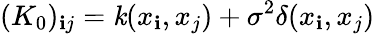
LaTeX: (K_{0})_{\mathbf{i}j}=\mathit{k}(x_{\mathbf{i}},x_{j})+\sigma^{2}\delta(x_{\mathbf{i}},x_{j})